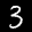
Label: 3